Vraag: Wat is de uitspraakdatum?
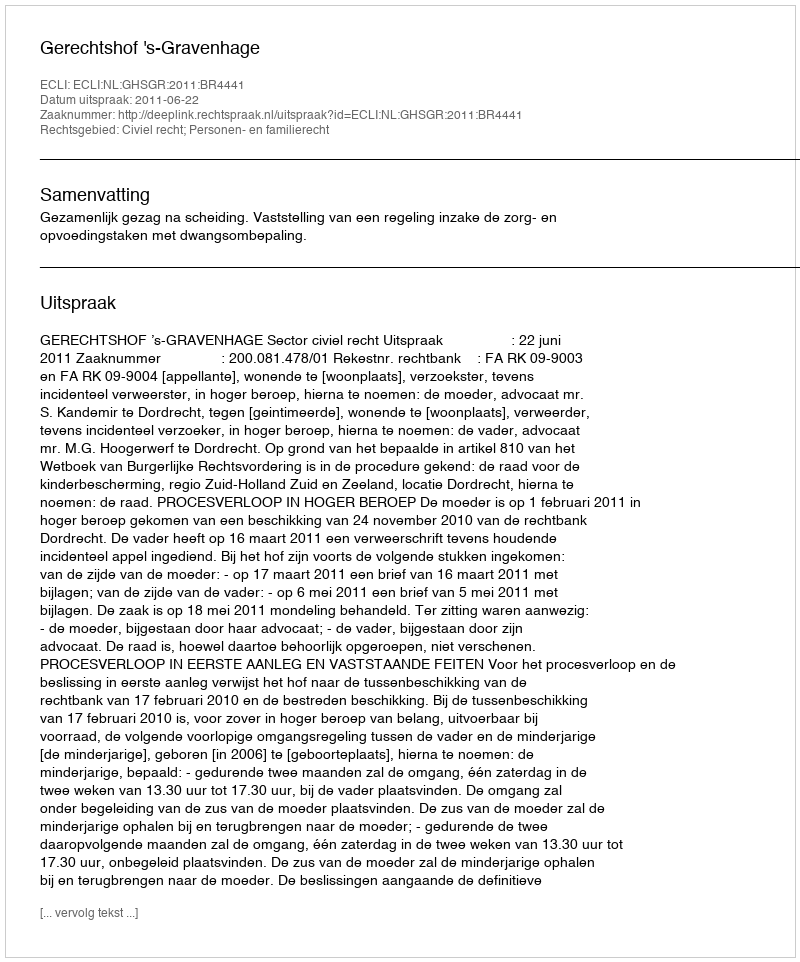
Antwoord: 2011-06-22